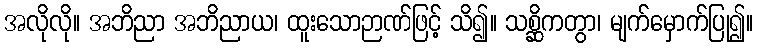
အလိုလို။ အဘိညာ အဘိညာယ၊ ထူးသောဉာဏ်ဖြင့် သိ၍။ သစ္ဆိကတွာ၊ မျက်မှောက်ပြု၍။